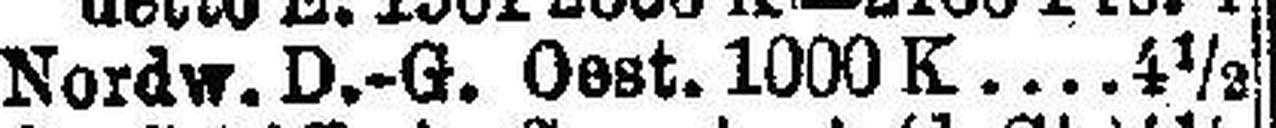
Nordw. D.-G. Oest. 1000K 4½